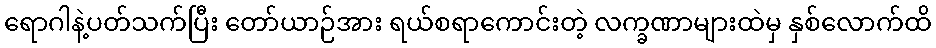
ရောဂါနဲ့ပတ်သက်ပြီး တော်ယာဉ်အား ရယ်စရာကောင်းတဲ့ လက္ခဏာများထဲမှ နှစ်လောက်ထိ